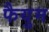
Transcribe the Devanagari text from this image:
फैयुम